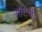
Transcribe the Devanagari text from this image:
लौटेगी।